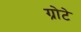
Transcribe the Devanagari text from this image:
ग्रोटे